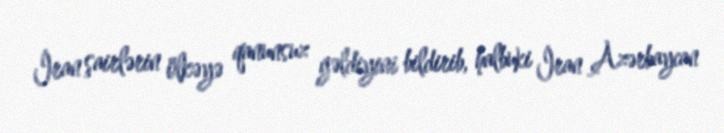
İran şairlərin ölkəyə qanunsuz gəldiyini bildirib, halbuki İran Azərbaycan